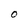
Character: O